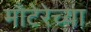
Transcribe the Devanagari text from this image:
माँटेरेच्या